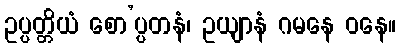
ဥပ္ပတ္တိယံ စော’ပ္ပတနံ၊ ဥယျာနံ ဂမနေ ဝနေ။